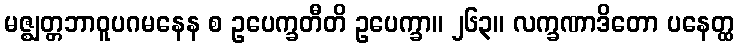
မဇ္ဈတ္တဘာဝူပဂမနေန စ ဥပေက္ခတီတိ ဥပေက္ခာ။ ၂၆၃။ လက္ခဏာဒိတော ပနေတ္ထ